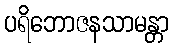
ပရိဘောဇနသာမန္တာ